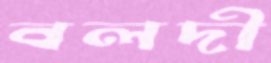
বলদী